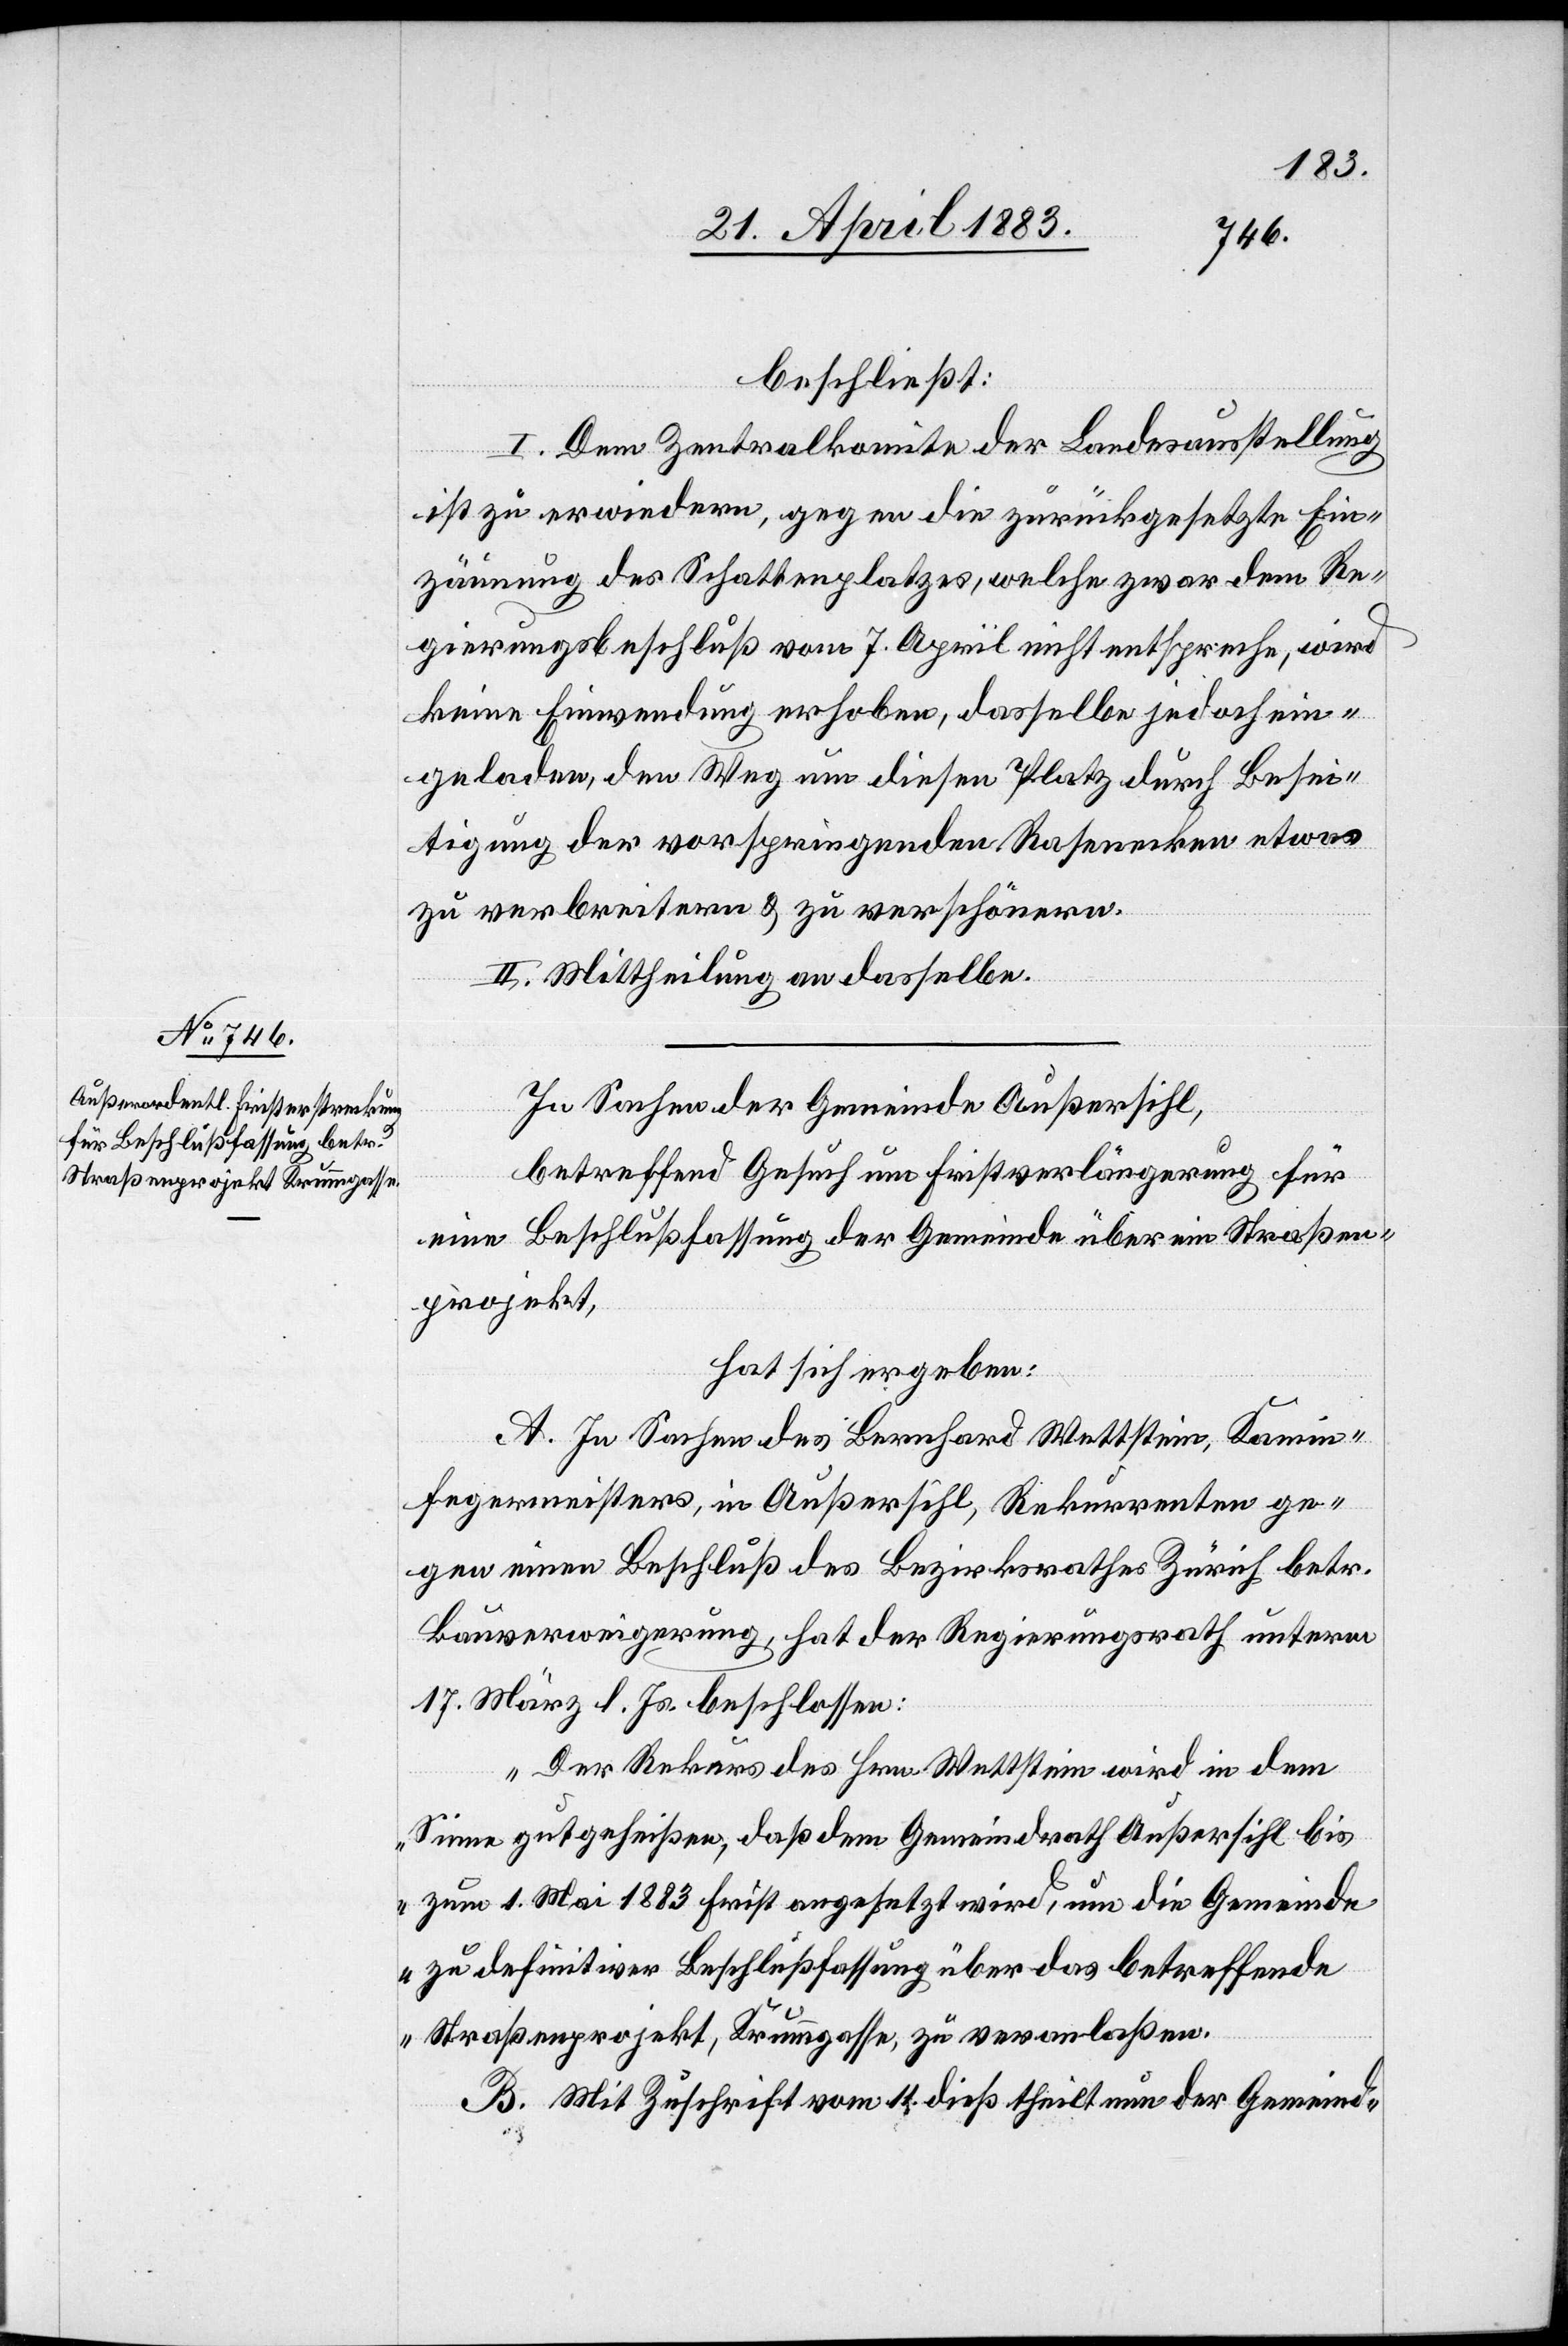
beschließt:
I. Dem Zentralkomite der Landessausstellung
ist zu erwiedern, gegen die zurückgesetzte Ein¬
zäumung des Schattenplatzes, welche zwar dem Re¬
gierungsbeschluß vom 7. April nicht entspreche, wird
keine Einwendung erhoben, dasselbe jedoch ein¬
geladen, den Weg um diesen Platz durch Besei¬
tigung der vorspringenden Rasenecken etwas
zu verbreitern & zu verschönern.
II. Mittheilung an dasselbe.
In Sachen der Gemeinde Außersihl,
betreffend Gesuch um Fristverlängerung für
eine Beschlußfassung der Gemeinde über ein Straßen¬
projekt,
hat sich ergeben:
A. In Sachen des Bernhard Wettstein, Kamin¬
fegermeisters, in Außersihl, Rekurrenten ge¬
gen einen Beschluß des Bezirksrathes Zürich betr.
Bauverweigerung, hat der Regierungsrath unterm
17. März l. Js. beschlossen:
„Der Rekurs des Hrn. Wettstein wird in dem
Sinne gutgeheißen, daß dem Gemeindrath Außersihl bis
zum 1. Mai 1883 Frist angesetzt wird, um die Gemeinde
zu definitiver Beschlußfassung über das betreffende
Straßenprojekt, Krummgasse, zu veranlaßen.
B. Mit Zuschrift vom 11. dieß theilt nun der Gemeind-